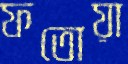
ফতোয়া